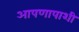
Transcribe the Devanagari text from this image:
आपणापाशी